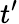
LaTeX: t^{\prime}